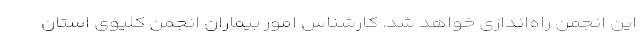
این انجمن راه‌اندازی خواهد شد. کارشناس امور بیماران انجمن کلیوی استان